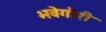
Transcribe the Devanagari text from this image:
भवेगौरी